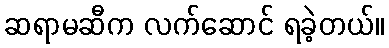
ဆရာမဆီက လက်ဆောင် ရခဲ့တယ်။